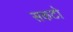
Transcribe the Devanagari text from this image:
सकटो